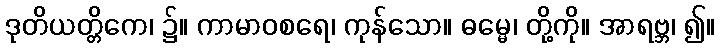
ဒုတိယတ္တိကေ၊ ၌။ ကာမာဝစရေ၊ ကုန်သော။ ဓမ္မေ၊ တို့ကို။ အာရဗ္ဘ၊ ၍။